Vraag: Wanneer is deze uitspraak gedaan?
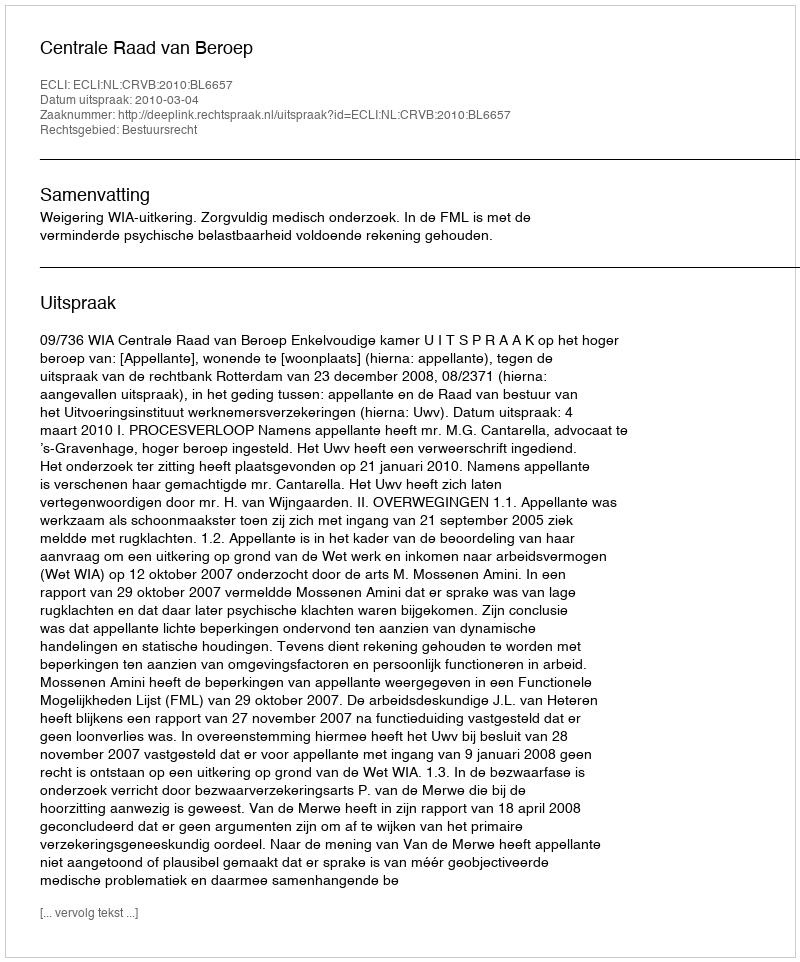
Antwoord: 2010-03-04